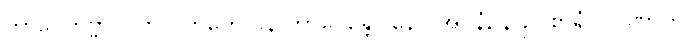
ဘာဝေတဗ္ဗာ။ ကာလကတေ ပန ဘာဝေန္တော နေဝ အပ္ပနံ, န ဥပစာရံ ပါပုဏာတိ။